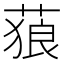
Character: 𦵧